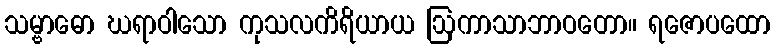
သမ္ဗာဓော ဃရာဝါသော ကုသလကိရိယာယ ဩကာသာဘာဝတော။ ရဇောပထော